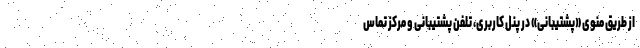
از طریق منوی «پشتیبانی» در پنل کاربری، تلفن پشتیبانی و مرکز تماس